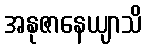
အနုဇာနေယျာသိ